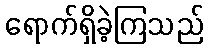
ရောက်ရှိခဲ့ကြသည်